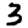
Digit: 3